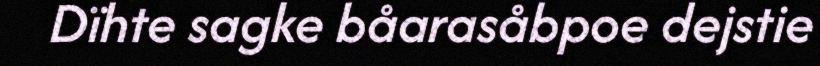
Dïhte sagke båarasåbpoe dejstie